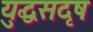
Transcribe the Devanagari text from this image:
युद्धसदृष